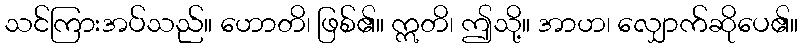
သင်ကြားအပ်သည်။ ဟောတိ၊ ဖြစ်၏။ ဣတိ၊ ဤသို့။ အာဟ၊ လျှောက်ဆိုပေ၏။